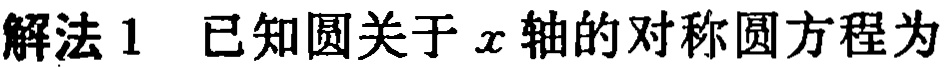
解法1 已知圆关于\(x\)轴的对称圆方程为